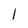
Character: l